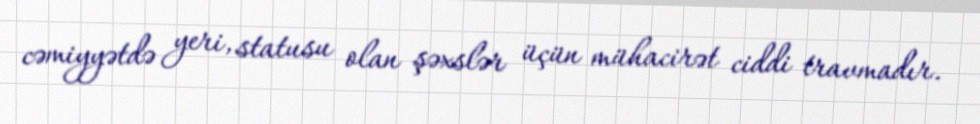
cəmiyyətdə yeri, statusu olan şəxslər üçün mühacirət ciddi travmadır.